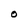
Character: O